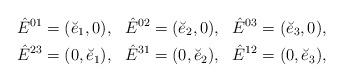
LaTeX: \begin{align*}\hat{E}^{01} = (\breve{e}_1, 0),\ \ \hat{E}^{02} = (\breve{e}_2, 0), \ \ \hat{E}^{03} = (\breve{e}_3, 0), \\\hat{E}^{23} = (0, \breve{e}_1),\ \ \hat{E}^{31} = ( 0, \breve{e}_2), \ \ \hat{E}^{12} = (0, \breve{e}_3),\end{align*}